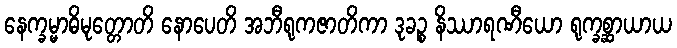
နေက္ခမ္မာဓိမုတ္တောတိ နောပေတိ အဘီရုကဇာတိကာ ဒုခဉ္စ နိဿာရဏီယော ရုက္ခစ္ဆာယာယ